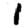
Digit: 1